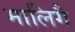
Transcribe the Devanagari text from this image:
मालिगै